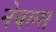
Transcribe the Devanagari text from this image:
नेवल्स